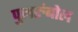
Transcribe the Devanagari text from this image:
पुलरुंबोल